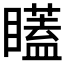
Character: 𭿫